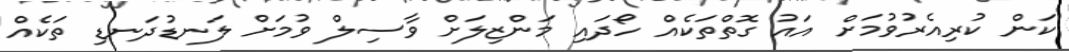
ކަން ކުރިއެރުވުމަށް އައު ގޮތްތަކެއް ހޯދައި މަންޒިލަށް ވާސިލް ވުމަށް ލަނޑުދަނޑި ތަކެއް